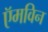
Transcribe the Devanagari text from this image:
ऍमविन